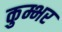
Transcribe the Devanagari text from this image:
कुम्भर